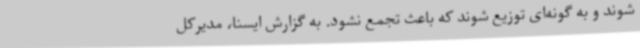
شوند و به گونه‌ای توزیع شوند که باعث تجمع نشود. به گزارش ایسنا، مدیرکل